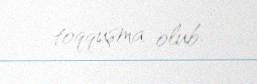
toqquşma olub.